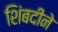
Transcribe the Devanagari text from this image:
शिंबदीने